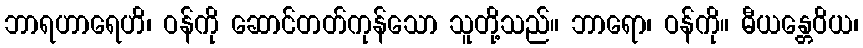
ဘာရဟာရေဟိ၊ ဝန်ကို ဆောင်တတ်ကုန်သော သူတို့သည်။ ဘာရော၊ ဝန်ကို။ ဓီယန္တေဝိယ၊